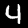
Label: 4